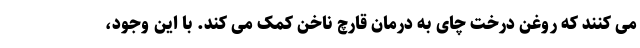
می کنند که روغن درخت چای به درمان قارچ ناخن کمک می کند. با این وجود،